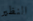
النظير